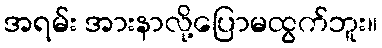
အရမ်း အားနာလို့ပြောမထွက်ဘူး။